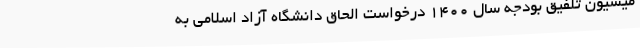
میسیون تلفیق بودجه سال 1400 درخواست الحاق دانشگاه آزاد اسلامی به